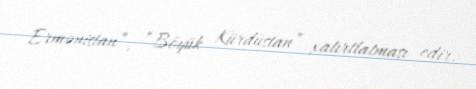
Ermənistan”, “Böyük Kürdüstan” xatırtlatması edir.